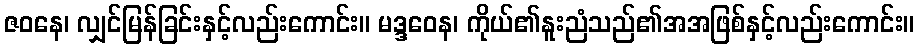
ဇဝနေ၊ လျှင်မြန်ခြင်းနှင့်လည်းကောင်း။ မဒ္ဒဝေန၊ ကိုယ်၏နူးညံသည်၏အအဖြစ်နှင့်လည်းကောင်း။